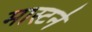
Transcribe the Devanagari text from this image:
मास्टर्न